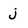
Character: j